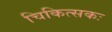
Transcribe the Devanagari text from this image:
चिकित्सकः